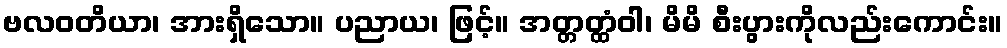
ဗလဝတိယာ၊ အားရှိသော။ ပညာယ၊ ဖြင့်။ အတ္တတ္ထံဝါ၊ မိမိ စီးပွားကိုလည်းကောင်း။